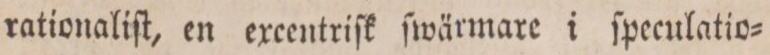
rationaliſt, en excentriſk ſwärmare i ſpeculatio=